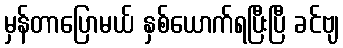
မှန်တာပြောမယ် နှစ်ယောက်ရပြီးပြီ ခင်ဗျ